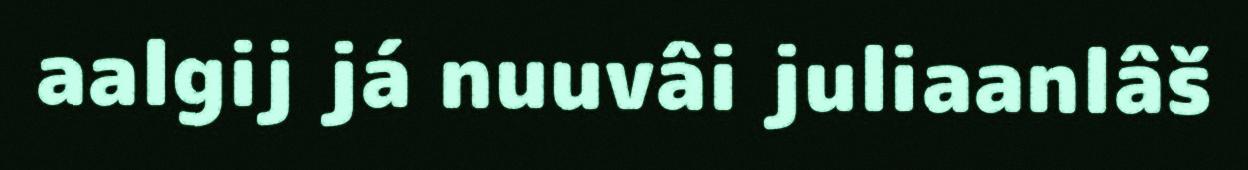
aalgij já nuuvâi juliaanlâš